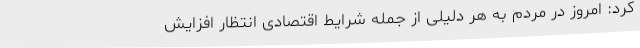
کرد: امروز در مردم به هر دلیلی از جمله شرایط اقتصادی انتظار افزایش